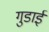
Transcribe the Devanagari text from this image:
गुडाई